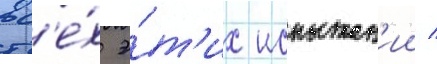
вс'е́х э́т'их испытан'ии /